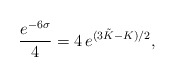
\begin{align*}\frac{e^{-6 \sigma}}{4} = 4 \, e^{( 3 \tilde K-K)/2},\end{align*}